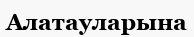
Алатауларына